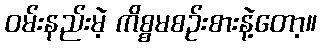
ဝမ်းနည်းမဲ့ ကိစ္စမစဉ်းစားနဲ့တော့။